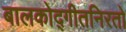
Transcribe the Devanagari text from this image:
बालकोद्गीतनिरतो